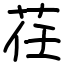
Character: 荏